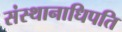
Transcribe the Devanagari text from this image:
संस्थानाधिपति